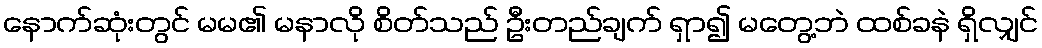
နောက်ဆုံးတွင် မမ၏ မနာလို စိတ်သည် ဦးတည်ချက် ရှာ၍ မတွေ့ဘဲ ထစ်ခနဲ ရှိလျှင်